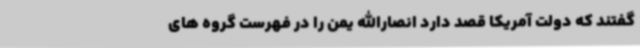
گفتند که دولت آمریکا قصد دارد انصارالله یمن را در فهرست گروه های